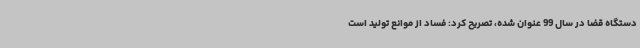
دستگاه قضا در سال 99 عنوان شده، تصریح کرد: فساد از موانع تولید است